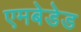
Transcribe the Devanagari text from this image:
एमबेडेड